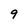
Character: 9